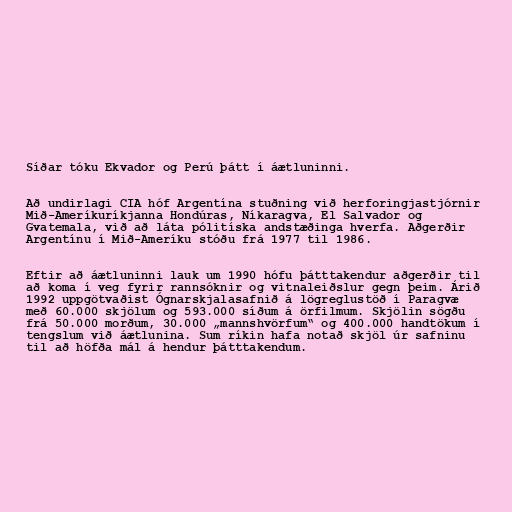
Síðar tóku Ekvador og Perú þátt í áætluninni.

Að undirlagi CIA hóf Argentína stuðning við herforingjastjórnir
Mið-Ameríkuríkjanna Hondúras, Níkaragva, El Salvador og
Gvatemala, við að láta pólitíska andstæðinga hverfa. Aðgerðir
Argentínu í Mið-Ameríku stóðu frá 1977 til 1986.

Eftir að áætluninni lauk um 1990 hófu þátttakendur aðgerðir til
að koma í veg fyrir rannsóknir og vitnaleiðslur gegn þeim. Árið
1992 uppgötvaðist Ógnarskjalasafnið á lögreglustöð í Paragvæ
með 60.000 skjölum og 593.000 síðum á örfilmum. Skjölin sögðu
frá 50.000 morðum, 30.000 „mannshvörfum“ og 400.000 handtökum í
tengslum við áætlunina. Sum ríkin hafa notað skjöl úr safninu
til að höfða mál á hendur þátttakendum.